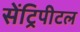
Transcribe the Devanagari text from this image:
सेंट्रिपीटल